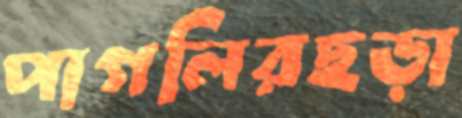
পাগলিরছড়া